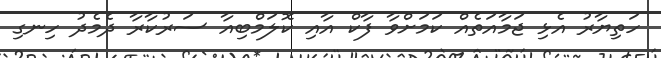
ހަތިޔާރު އެޅި ޖަމާއަތެއް ކަމަށްވާ ފާކް އާއި ކޮލަމްބިއާ ސަރުކާރާ ދެމެދު ހިނގި